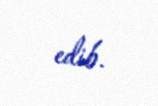
edib.